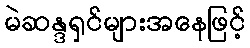
မဲဆန္ဒရှင်များအနေဖြင့်